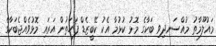
މައުލޫމާތު މުއްސަނދިވި ބަކާގެ މޮޅު ކުޅުމާ އެކު ކޭބީޒެޑް ފަހަތުން އަރައި މޮޅުވެއްޖެބަކާގެ